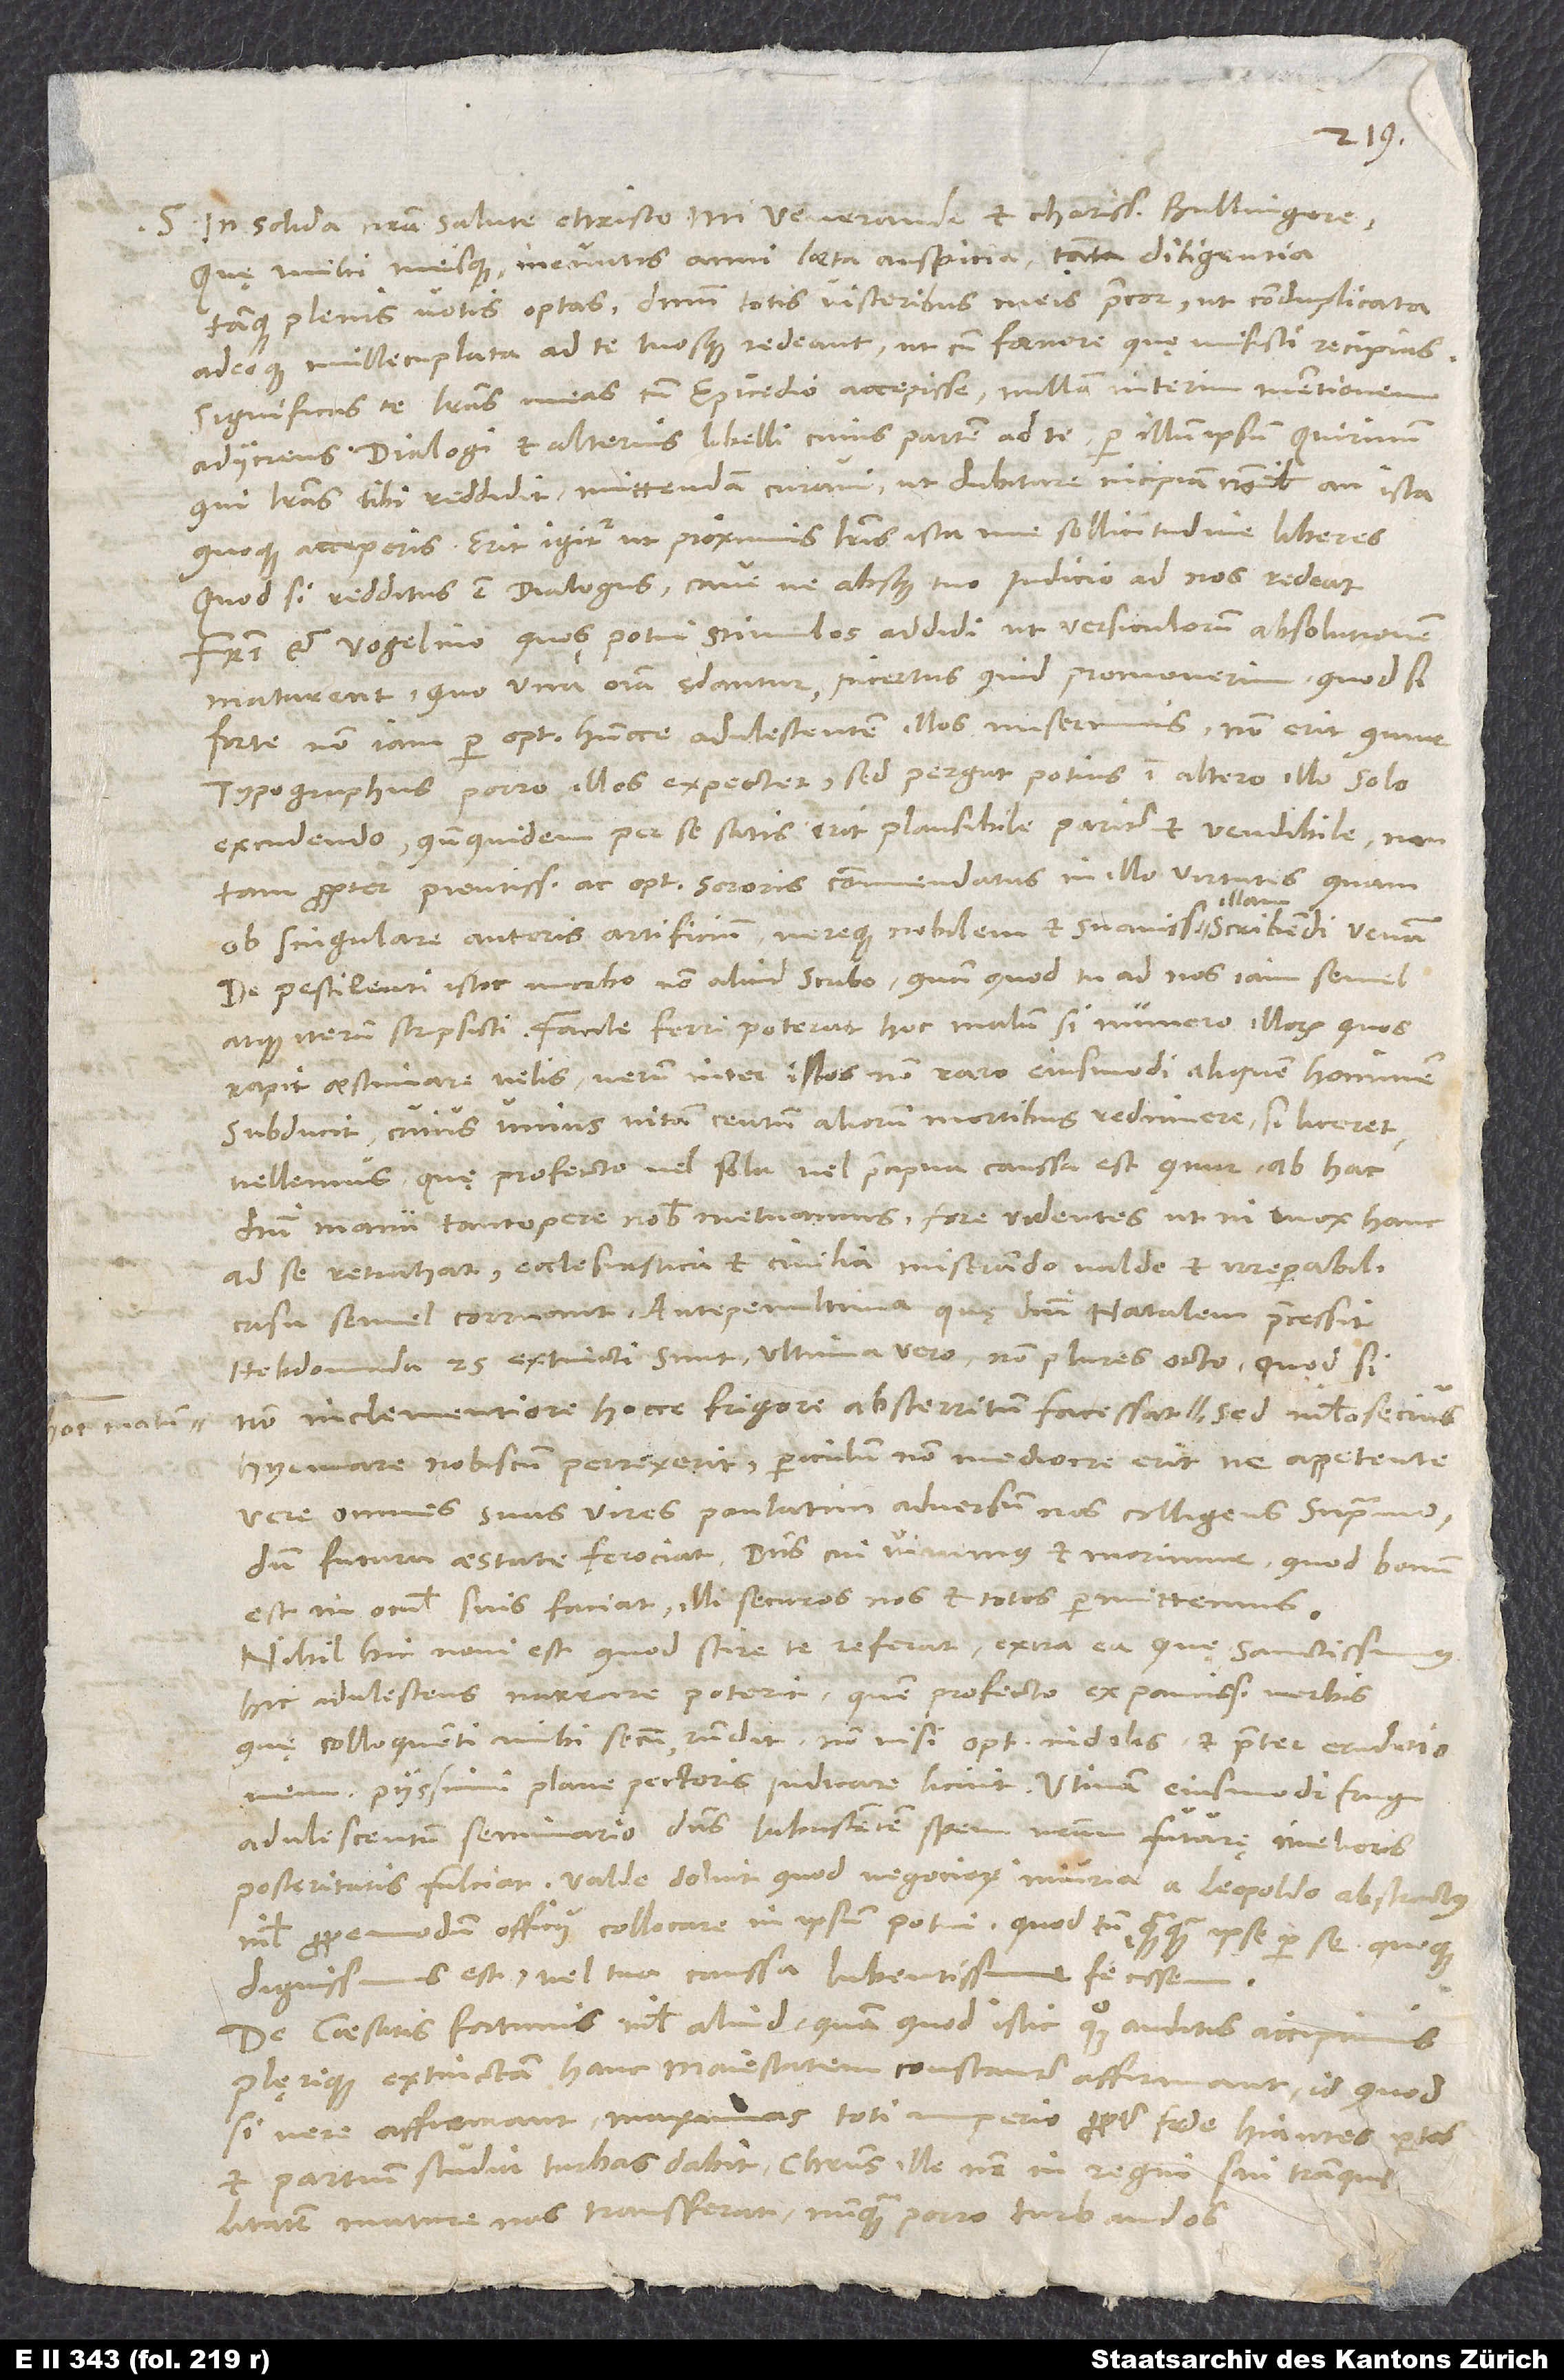
S. in solida nostra salute Christo, mi venerande et charissime Bullingere.
Quę mihi meisque ineuntis anni laeta auspicia tanta diligentia
tamque plenis votis optas, dominum totis visceribus meis precor, ut conduplicata
adeoque millecuplata ad te tuosque redeant, ut cum foenore, quę misisti, recipias.
Significas te literas meas cum epicedio accepisse nullam interim mentionem
adiiciens dialogi et alterius libelli, cuius partem ad te per illum ipsum Quirinum,
qui literas tibi reddidit, mittendam curavi, ut dubitare incipiam nonnihil, an ista
quoque acceperis. Erit igitur, ut proximis literis ista me sollicitudine liberes.
Quod si redditus est dialogus, cave, ne absque tuo iudicio ad nos redeat.
Fratri et Vogelino, quos potui, stimulos addidi, ut versiculorum absolutionem
maturent, quo una omnia ędantur, incertus, quid promoverim. Quod si
forte non iam per optimum huncce adulescentem illos miserimus, non erit, quur
typographus porro illos expectet, sed pergat potius in altero illo solo
excudendo, quandoquidem per se satis erit plausibile pariter et vendibile non
tam propter pientissimae atque optimae sororis commendatas in illo virtutes quam
ob singulare autoris artificium vereque nobilem et suavissimam illam scribendi venam.
De pestilenti istic morbo non aliud scribo, quam quod tu ad nos iam semel
atque iterum scripsisti. Facile ferri poterat hoc malum, si numero illorum, quos
rapit, aestimare velis; verum inter istos non raro eiusmodi aliquem hominem
subducit, cuius unius vitam centum aliorum mortibus redimere, si liceret,
vellemus, quę profecto vel sola vel praecipua caussa est, quur ab hac
domini manu tantopere nobis metuamus forte videntes, ut, ni mox hanc
ad se retrahat, ecclesiastica et civilia miserando valde et irreparabili
casu semel corruant. Antepenultima, quę domini natalem praecessit,
hebdomada 25 extincti sunt, ultima vero non plures octo. Quod si
non inclementiore hocce frigore absterritum facessat hoc malum,
hyemare nobiscum perrexerit, periculum non mediocre erit, ne appetente
vere omnes suas vires paulatim adversum nos colligens supramodum
futura aestate ferociat. Dominus, cui vivimus et morimur, quod bonum
est, in omnibus suis faciat; illi securos nos et totos permittemus.
Nihil hic novi est, quod scire te referat, extra ea, quę sanctissimus
hic adulescens narrare poterit, quem profecto ex paucissimis verbis,
quę colloquenti mihi secum respondit, nonnisi optimae indolis et praeter eruditionem
piissimi plane pectoris iudicare licuit. Utinam eiusmodi frugi
adulescentum seminario dominus labescentem spem nostram futurę melioris
posteritatis fulciat. Valde doluit, quod negociorum iniuria a Leopoldo abstractus
nihil propemodum officii collocare in ipsum potui, quod tamen, quamquam ipse per se quoque
dignissimus est, vel tua caussa lubentissime fecissem.
De caesaris fortunis nihil aliud, quam quod istic quoque auditis, accipimus.
Plęrique extinctam hanc maiestatem constanter affirmant, id quod
si vere affirmant, maximas toti imperio propter fide hiantes partes
et partium studia turbas dabit. Christus ille noster in regni sui tranquillitatem
mature nos transferat nunquam porro turbandos.